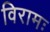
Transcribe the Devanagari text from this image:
विरामः